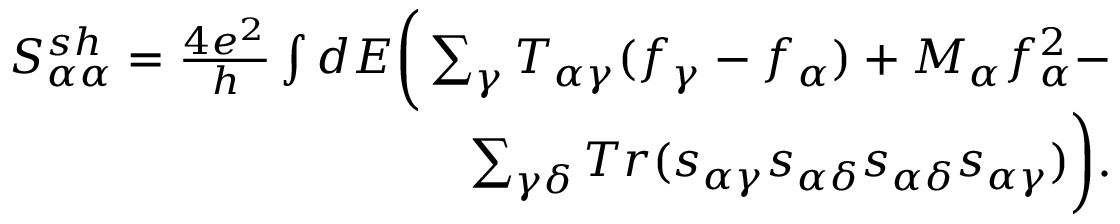
\begin{array} { r } { { S _ { \alpha \alpha } ^ { s h } } = \frac { 4 e ^ { 2 } } { h } \int d E \bigg ( \sum _ { \gamma } T _ { \alpha \gamma } ( f _ { \gamma } - f _ { \alpha } ) + M _ { \alpha } f _ { \alpha } ^ { 2 } - } \\ { \sum _ { \gamma \delta } T r ( s _ { \alpha \gamma } s _ { \alpha \delta } s _ { \alpha \delta } s _ { \alpha \gamma } ) \bigg ) . } \end{array}